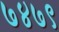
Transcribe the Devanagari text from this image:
७४७९